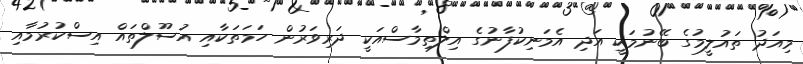
މިއަދު ތައުލީމުގެ ބޭނުމަކީ އަދި އެމަނިކުފާނުގެ އިލްތިމާސްއަކީ ދަރިވަރުން ހަމަތަކާއި އުސޫލްތައް އިސްކުރުމާއި